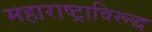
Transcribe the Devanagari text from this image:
महाराष्ट्राविरूद्ध